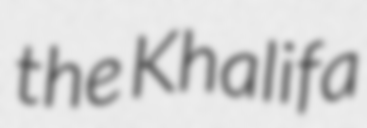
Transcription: the Khalifa